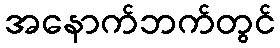
အနောက်ဘက်တွင်